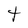
Character: t